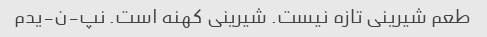
طعم شیرینی تازه نیست. شیرینی کهنه است. نپ-ن-یدم